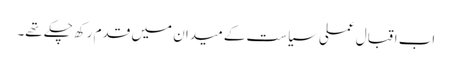
اب اقبال عملی سیاست کے میدان میں قدم رکھ چکے تھے۔